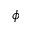
\phi